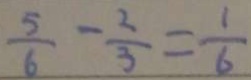
\frac { 5 } { 6 } - \frac { 2 } { 3 } = \frac { 1 } { 6 }